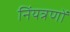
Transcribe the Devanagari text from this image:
निंयत्रणों